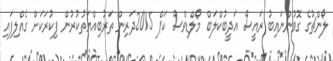
ލޯންޗުގެ ގޮވުންނައިބު ރައީސް އަދީބުކްލަބް މޯލްޑިވްސް ކަޕް 2015ދަރިން ތަރުބިއްޔަތުކުރުން ފިކުރަކަށް ގެއްލިފައި